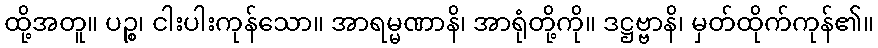
ထို့အတူ။ ပဉ္စ၊ ငါးပါးကုန်သော။ အာရမ္မဏာနိ၊ အာရုံတို့ကို။ ဒဋ္ဌဗ္ဗာနိ၊ မှတ်ထိုက်ကုန်၏။